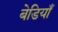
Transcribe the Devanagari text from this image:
बेडियाँ